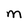
Character: m